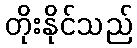
တိုးနိုင်သည်